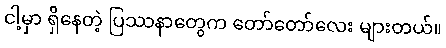
ငါ့မှာ ရှိနေတဲ့ ပြဿနာတွေက တော်တော်လေး များတယ်။